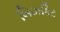
બિઝકિટ